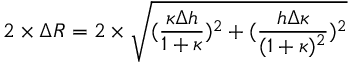
2 \times \Delta R = 2 \times \sqrt { ( \frac { \kappa \Delta h } { 1 + \kappa } ) ^ { 2 } + ( \frac { h \Delta \kappa } { ( 1 + \kappa ) ^ { 2 } } ) ^ { 2 } }